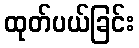
ထုတ်ပယ်ခြင်း